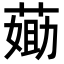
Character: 𦷵